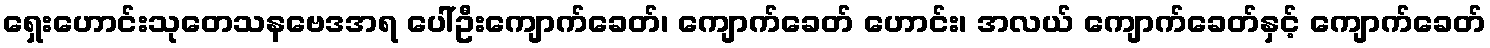
ရှေးဟောင်းသုတေသနဗေဒအရ ပေါ်ဦးကျောက်ခေတ်၊ ကျောက်ခေတ် ဟောင်း၊ အလယ် ကျောက်ခေတ်နှင့် ကျောက်ခေတ်